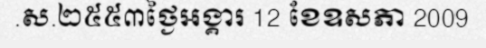
.ស.២៥៥៣ថ្ងៃអង្គារ 12 ខែឧសភា 2009